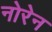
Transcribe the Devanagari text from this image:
नोरेन